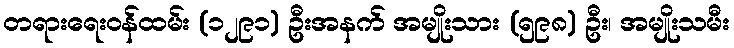
တရားရေးဝန်ထမ်း (၁၂၉၁) ဦးအနက် အမျိုးသား (၅၉၈) ဦး၊ အမျိုးသမီး